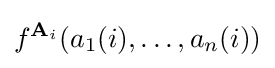
f^{\mathbf {A} _{i}}\!\left(a_{1}(i),\dotsc ,a_{n}(i)\right)